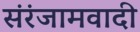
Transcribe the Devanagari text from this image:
संरंजामवादी